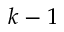
k - 1